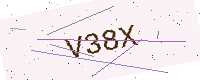
Text: V38X